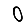
Digit: 0